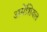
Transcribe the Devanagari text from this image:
असेंशियल